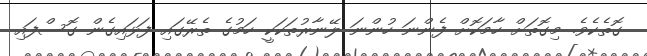
ގޮތެކެވެ. މިގޮތަށް ހާމަކޮށް ފެންނަ ހުންނަ ލޭނާރުތަކަކީ ހަމުގެ ތެރޭގައި ފަޅައިގެން ގޮސްފައި